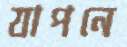
যাপনে